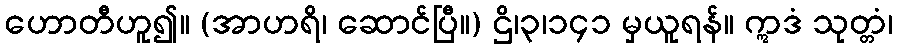
ဟောတီဟူ၍။ (အာဟရိ၊ ဆောင်ပြီ။) ဌိ၊၃၊၁၄၁ မှယူရန်။ ဣဒံ သုတ္တံ၊